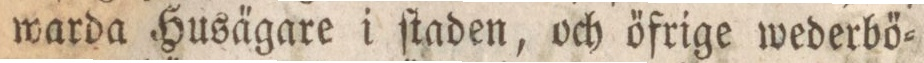
warda Husa̋gare i ſtaden, och őfrige wederbő=